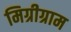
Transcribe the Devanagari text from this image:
मिग्रीग्राम